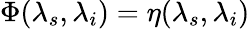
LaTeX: \Phi(\lambda_{s},\lambda_{i})=\eta(\lambda_{s},\lambda_{i})